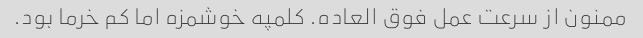
ممنون از سرعت عمل فوق العاده. کلمپه خوشمزه اما کم خرما بود.